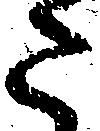
た